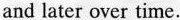
and later over time.